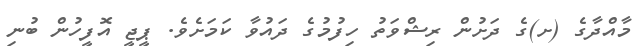
މާއްދާގެ (ށ)ގެ ދަށުން ރިޝްވަތު ހިފުމުގެ ދައުވާ ކަމަށެވެ. ޕީޖީ އޮފީހުން ބުނި